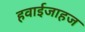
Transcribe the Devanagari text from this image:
हवाईजाहज